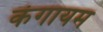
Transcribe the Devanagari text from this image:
कंगायम